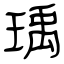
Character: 瑀